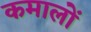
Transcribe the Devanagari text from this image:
कमालों